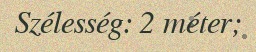
Szélesség: 2 méter;